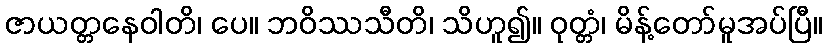
ဇာယတ္တနေဝါတိ၊ ပေ။ ဘဝိဿသီတိ၊ သိဟူ၍။ ဝုတ္တံ၊ မိန့်တော်မူအပ်ပြီ။